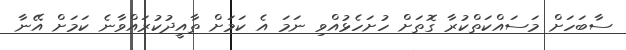
ސާބަހަށް މަސައްކަތްކުރާ ގޮތަށް ހުށަހެޅުއްވި ނަމަ އެ ކަމަށް ތާއީދުކުރައްވާނެ ކަމަށް އޭނާ